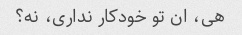
هی، ان تو خودکار نداری، نه؟